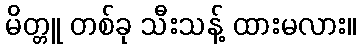
မိတ္တူ တစ်ခု သီးသန့် ထားမလား။